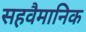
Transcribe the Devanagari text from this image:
सहवैमानिक